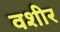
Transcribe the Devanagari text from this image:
वशीर